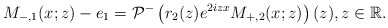
\begin{align*}M_{-,1}(x;z)-e_1=\mathcal{P}^-\left(r_2(z) e^{2iz x}M_{+,2}(x;z)\right)(z), z \in \mathbb{R}.\end{align*}